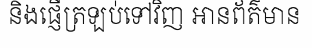
និងផ្ញើត្រឡប់ទៅវិញ អានព័ត៌មាន